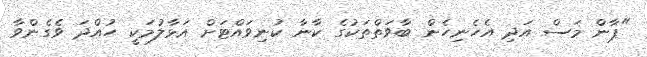
"ޕާން މަސް އަދި އެހެނިހެން ބާވަތްތަކުގެ ކާނާ ކުނިވައްޓަށް އަޅާލުމަކީ ހުއްދަ ވެގެންވާ